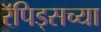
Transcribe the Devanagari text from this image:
रॅपिड्सच्या